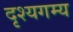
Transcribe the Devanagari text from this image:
दृश्यगम्य